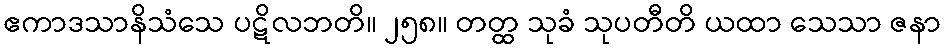
ဧကာဒသာနိသံသေ ပဋိလဘတိ။ ၂၅၈။ တတ္ထ သုခံ သုပတီတိ ယထာ သေသာ ဇနာ